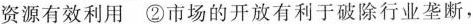
资源有效利用②市场的开放有利于破除行业垄断，